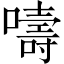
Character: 嚋